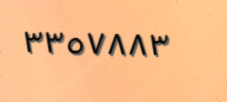
٣٣٥٧٨٨٣